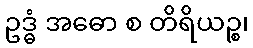
ဥဒ္ဓံ အဓော စ တိရိယဉ္စ၊